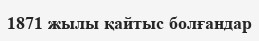
1871 жылы қайтыс болғандар